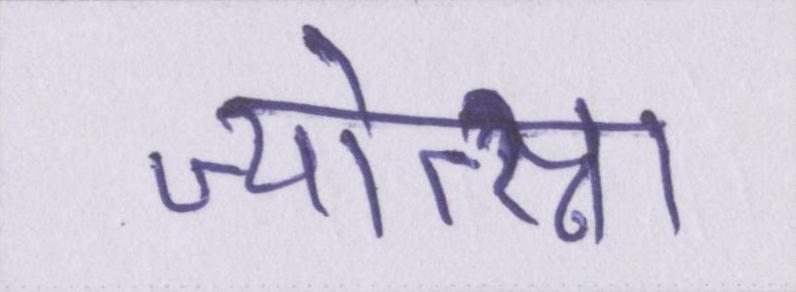
ज्योत्स्ना